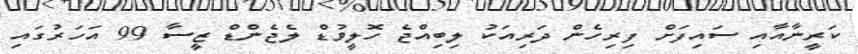
ކަރީނާއާއި ސައިފަށް ފިރިހެން ދަރިއަކު ލިބިއްޖެ ހޮލީވުޑް ލެޖެންޑް ޒީސާ 99 އަހަރުގައި